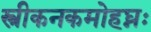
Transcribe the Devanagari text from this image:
स्त्रीकनकमोहघ्नः